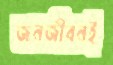
জনজীবনই